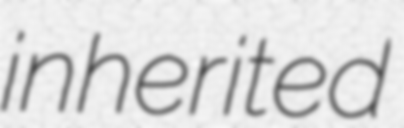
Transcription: inherited